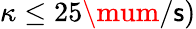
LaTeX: \kappa\leq25\mum/\mathsf{s})